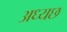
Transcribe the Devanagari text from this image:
अध्यछ